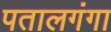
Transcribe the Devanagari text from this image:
पतालगंगा